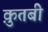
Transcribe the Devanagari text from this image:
क़ुतबी